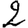
Digit: 2